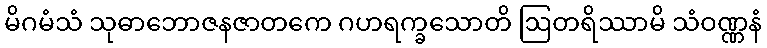
မိဂမံသံ သုဓာဘောဇနဇာတကေ ဂဟရက္ခသောတိ ဩတရိဿာမိ သံဝဏ္ဏနံ